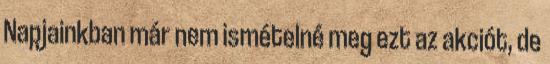
Napjainkban már nem ismételné meg ezt az akciót, de